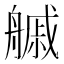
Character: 𦪊